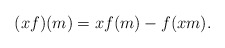
\begin{align*} (xf)(m)=x f(m)- f(xm).\end{align*}